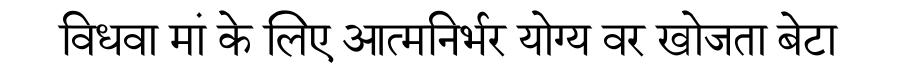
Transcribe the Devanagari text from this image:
विधवा मां के लिए आत्मनिर्भर योग्य वर खोजता बेटा